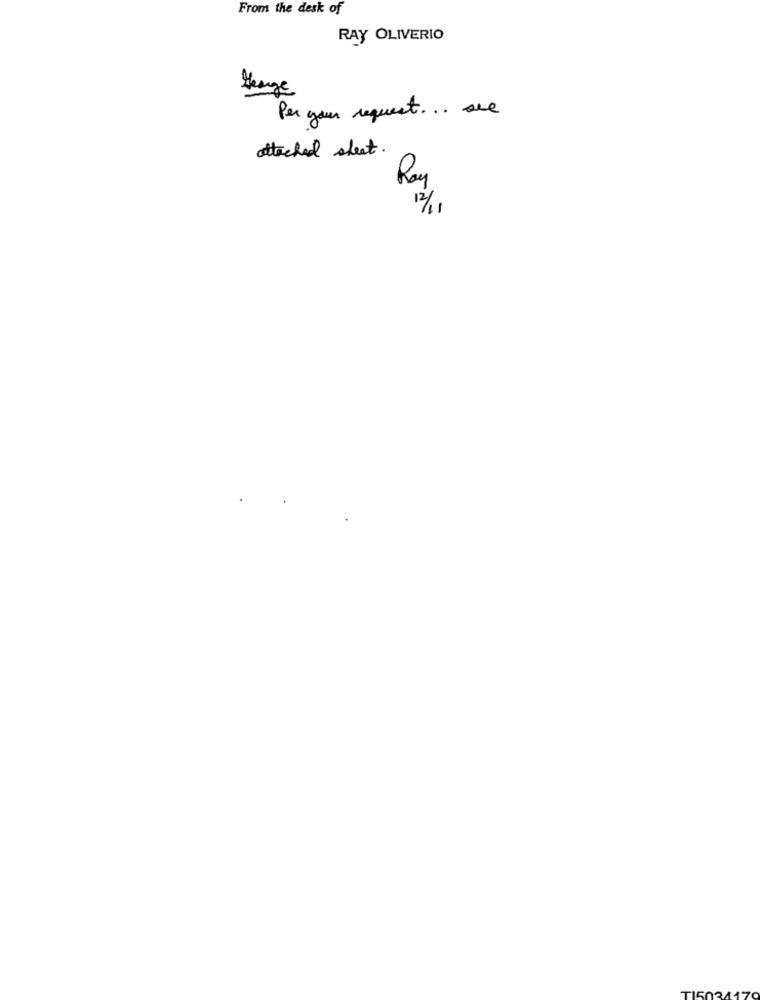
From the desk of
RAY OLIVERIO
George
Per your request ... see
attached sheet.
Roy
12/1